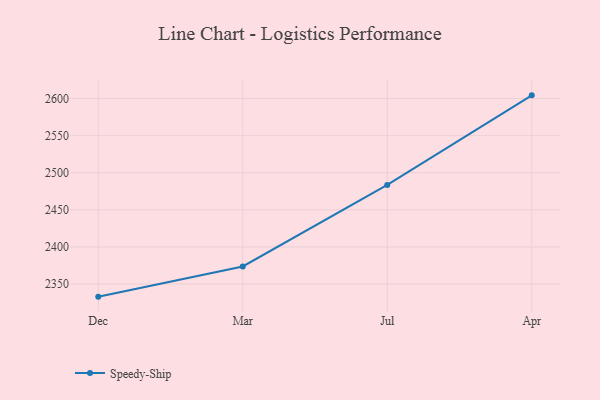
{"axis": {"x": "Month", "y": "Market Share (%)"}, "legend": ["Speedy-Ship"], "data": [{"x": "Dec", "y": 2333.0, "type": "Speedy-Ship"}, {"x": "Mar", "y": 2373.7, "type": "Speedy-Ship"}, {"x": "Jul", "y": 2483.6, "type": "Speedy-Ship"}, {"x": "Apr", "y": 2604.3, "type": "Speedy-Ship"}]}